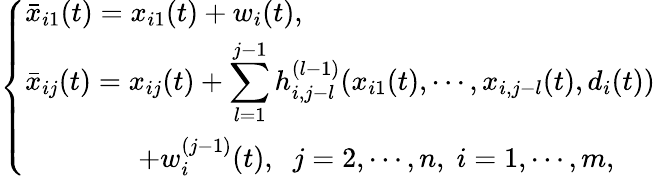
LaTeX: \left\{ \begin{array}{ll}{\bar{x}_{i1}(t)=x_{i1}(t)+w_{i}(t),}\\ {\bar{x}_{ij}(t)=x_{ij}(t)+\displaystyle\sum_{l=1}^{j-1}h_{i,j-l}^{(l-1)}(x_{i1}(t),\cdots,x_{i,j-l}(t),d_{i}(t))}\\ {\qquad\qquad+w_{i}^{(j-1)}(t),\; \; j=2,\cdots,n,\; i=1,\cdots,m,}\end{array}\right.